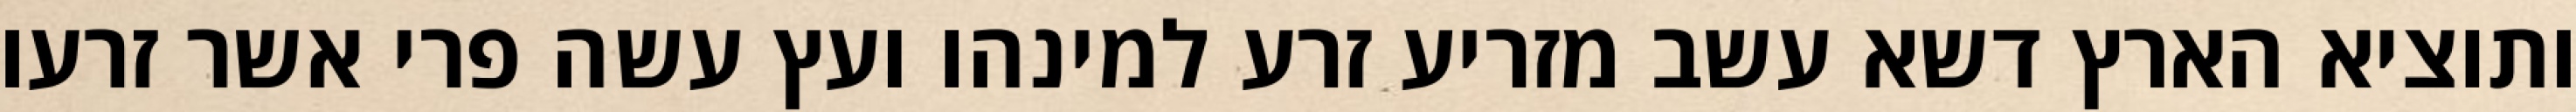
ותוציא הארץ דשא עשב מזריע זרע למינהו ועץ עשה פרי אשר זרעו